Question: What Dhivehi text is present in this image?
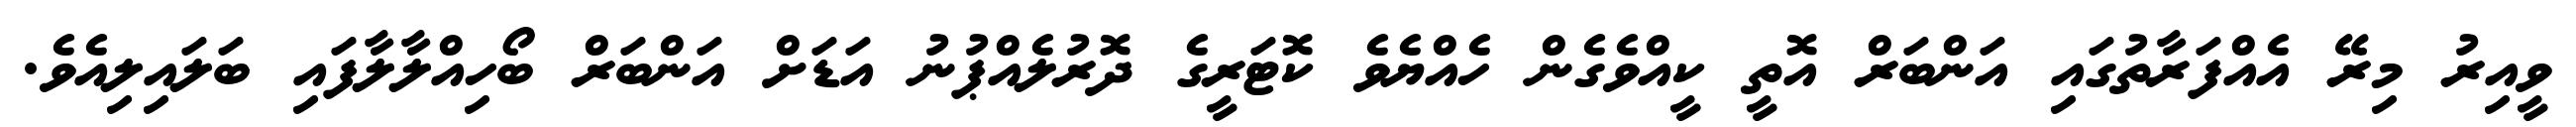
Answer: ވީއިރު މިރޭ އެއްފަރާތުގައި އަންބަރް އޮތީ ކީއްވެގެން ހެއްޔެވެ ކޮޓަރީގެ ދޮރުލެއްޕުނު އަޑަށް އަންބަރް ބޯހިއްލާލާފައި ބަލައިލިއެވެ.